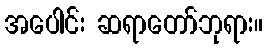
အပေါင်း ဆရာတော်ဘုရား။